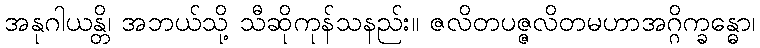
အနုဂါယန္တိ၊ အဘယ်သို့ သီဆိုကုန်သနည်း။ ဇလိတပဇ္ဇလိတမဟာအဂ္ဂိက္ခန္ဓော၊